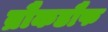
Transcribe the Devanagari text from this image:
ब्रौकडौफ